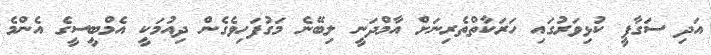
އަދި ސަގާފީ ކުޅިވަރުގައި ހަރަކާތްތެރިނަށް އާމްދަނީ ލިބޭނެ މަގުފަހިވެގެން ދިއުމަކީ އެމްބީސީގެ އެންމެ